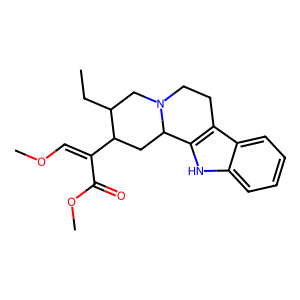
SMILES: CCC1CN2CCc3c([nH]c4ccccc34)C2CC1C(=COC)C(=O)OC
Inhibits HIV replication: No